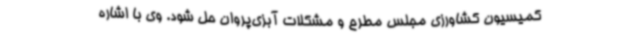
کمیسیون کشاورزی مجلس مطرح و مشکلات آبزی‌پروان حل شود. وی با اشاره